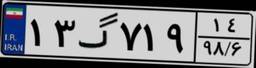
۶۹گ۸۱۴۳۹